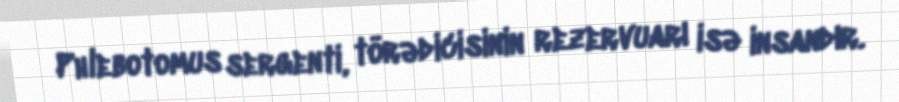
Phlebotomus sergenti, törədicisinin rezervuarı isə insandır.